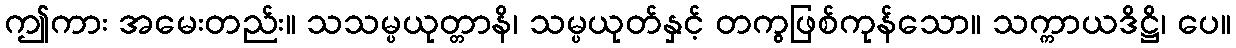
ဤကား အမေးတည်း။ သသမ္ပယုတ္တာနိ၊ သမ္ပယုတ်နှင့် တကွဖြစ်ကုန်သော။ သက္ကာယဒိဋ္ဌိ၊ ပေ။